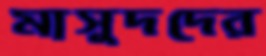
মাসুদদের